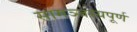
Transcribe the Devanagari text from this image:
सामञ्जस्यपूर्ण